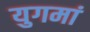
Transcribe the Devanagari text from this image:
युगमां